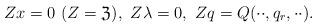
LaTeX: \begin{align*}Zx=0\ (Z=\frak Z ),\ Z\lambda=0,\ Zq=Q(\cdot\cdot,q_r,\cdot\cdot).\end{align*}